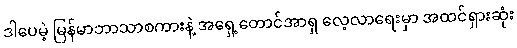
ဒါပေမဲ့ မြန်မာဘာသာစကားနဲ့ အရှေ့တောင်အာရှ လေ့လာရေးမှာ အထင်ရှားဆုံး